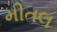
મીતલ